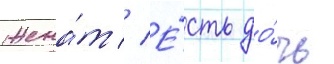
Жена́т // Е́сть до́чь